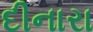
દીનારા